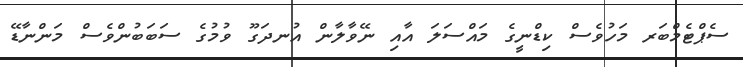
ސެޕްޓެމްބަރ މަހުވެސް ކިޑްނީގެ މައްސަލަ އާއި ނޭވާލާން އުނދަގޫ ވުމުގެ ސަބަބުންވެސް މަންނާޑޭ